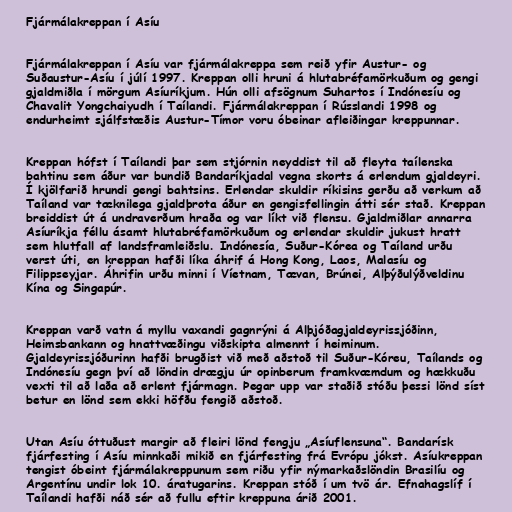
Fjármálakreppan í Asíu

Fjármálakreppan í Asíu var fjármálakreppa sem reið yfir Austur- og
Suðaustur-Asíu í júlí 1997. Kreppan olli hruni á hlutabréfamörkuðum og gengi
gjaldmiðla í mörgum Asíuríkjum. Hún olli afsögnum Suhartos í Indónesíu og
Chavalit Yongchaiyudh í Taílandi. Fjármálakreppan í Rússlandi 1998 og
endurheimt sjálfstæðis Austur-Tímor voru óbeinar afleiðingar kreppunnar.

Kreppan hófst í Taílandi þar sem stjórnin neyddist til að fleyta taílenska
bahtinu sem áður var bundið Bandaríkjadal vegna skorts á erlendum gjaldeyri.
Í kjölfarið hrundi gengi bahtsins. Erlendar skuldir ríkisins gerðu að verkum að
Taíland var tæknilega gjaldþrota áður en gengisfellingin átti sér stað. Kreppan
breiddist út á undraverðum hraða og var líkt við flensu. Gjaldmiðlar annarra
Asíuríkja féllu ásamt hlutabréfamörkuðum og erlendar skuldir jukust hratt
sem hlutfall af landsframleiðslu. Indónesía, Suður-Kórea og Taíland urðu
verst úti, en kreppan hafði líka áhrif á Hong Kong, Laos, Malasíu og
Filippseyjar. Áhrifin urðu minni í Víetnam, Tævan, Brúnei, Alþýðulýðveldinu
Kína og Singapúr.

Kreppan varð vatn á myllu vaxandi gagnrýni á Alþjóðagjaldeyrissjóðinn,
Heimsbankann og hnattvæðingu viðskipta almennt í heiminum.
Gjaldeyrissjóðurinn hafði brugðist við með aðstoð til Suður-Kóreu, Taílands og
Indónesíu gegn því að löndin drægju úr opinberum framkvæmdum og hækkuðu
vexti til að laða að erlent fjármagn. Þegar upp var staðið stóðu þessi lönd síst
betur en lönd sem ekki höfðu fengið aðstoð.

Utan Asíu óttuðust margir að fleiri lönd fengju „Asíuflensuna“. Bandarísk
fjárfesting í Asíu minnkaði mikið en fjárfesting frá Evrópu jókst. Asíukreppan
tengist óbeint fjármálakreppunum sem riðu yfir nýmarkaðslöndin Brasilíu og
Argentínu undir lok 10. áratugarins. Kreppan stóð í um tvö ár. Efnahagslíf í
Taílandi hafði náð sér að fullu eftir kreppuna árið 2001.